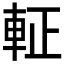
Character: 𮝆